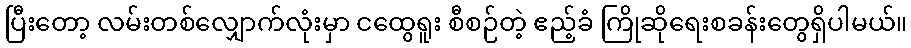
ပြီးတော့ လမ်းတစ်လျှောက်လုံးမှာ ငထွေရူး စီစဉ်တဲ့ ဧည့်ခံ ကြိုဆိုရေးစခန်းတွေရှိပါမယ်။